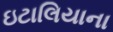
ઇટાલિયાના